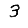
Digit: 3